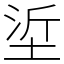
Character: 垽